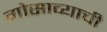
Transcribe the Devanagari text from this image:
गोसाव्याची